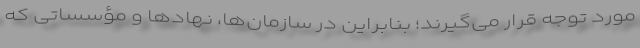
مورد توجه قرار می‌گیرند؛ بنابراین در سازمان‌ها، نهادها و مؤسساتی که